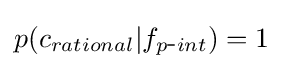
p(c_{rational}|f_{p{\mbox{-}}int})=1\